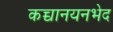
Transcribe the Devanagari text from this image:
कच्चानयनभेद